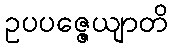
ဥပပဇ္ဇေယျာတိ